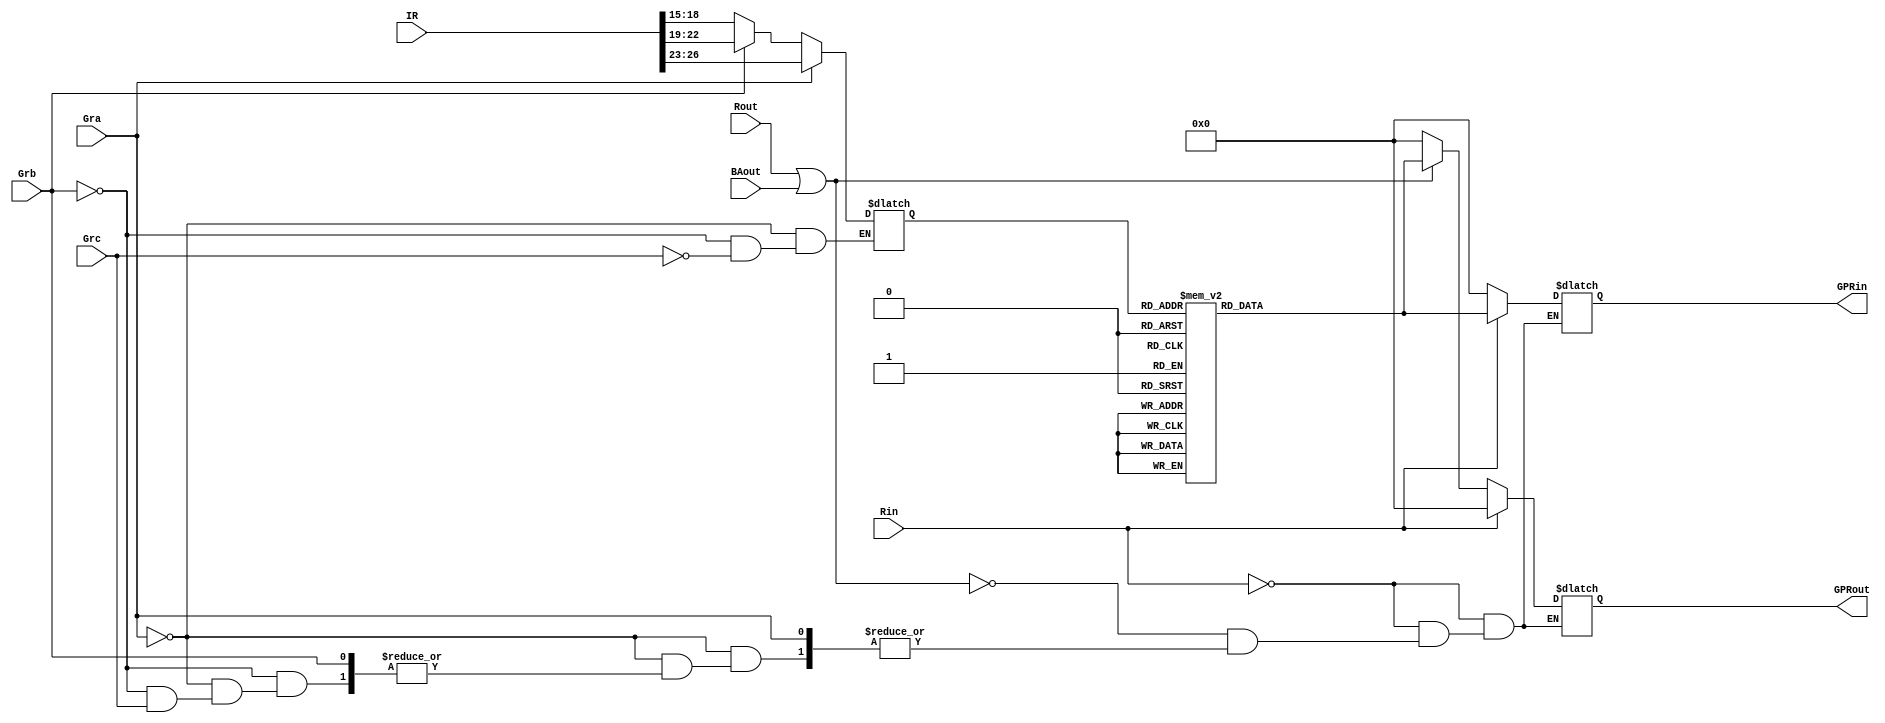
module Sel_Enc_Log (input Gra, Grb, Grc, Rin, Rout, BAout, input [31:0] IR,
						  output [15:0] GPRin, GPRout);
	
reg [3:0] Decoder_in;	
reg [15:0] Decoder_out;
reg [15:0] in, out;
assign GPRin = in;
assign GPRout = out;

initial
begin
in <= 0;
out <= 0;
end

always @ (*) begin
	if (Gra) begin
		Decoder_in <= IR [26:23];
	end else if (Grb) begin
		Decoder_in <= IR [22:19];
	end else if (Grc) begin
		Decoder_in <= IR [18:15];
	end else begin
		in = 0;
		out = 0;
	end
	
	case (Decoder_in) 
		4'b0000: begin
					Decoder_out = 16'b0000_0000_0000_0001;
					end
		4'b0001: begin
					Decoder_out = 16'b0000_0000_0000_0010;
					end
		4'b0010: begin
					Decoder_out = 16'b0000_0000_0000_0100;
					end
		4'b0011: begin
					Decoder_out = 16'b0000_0000_0000_1000;
					end
		4'b0100: begin
					Decoder_out = 16'b0000_0000_0001_0000;
					end
		4'b0101: begin
					Decoder_out = 16'b0000_0000_0010_0000;
					end
		4'b0110: begin
					Decoder_out = 16'b0000_0000_0100_0000;
					end
		4'b0111: begin
					Decoder_out = 16'b0000_0000_1000_0000;
					end
		4'b1000: begin
					Decoder_out = 16'b0000_0001_0000_0000;
					end
		4'b1001: begin
					Decoder_out = 16'b0000_0010_0000_0000;
					end
		4'b1010: begin
					Decoder_out = 16'b0000_0100_0000_0000;
					end
		4'b1011: begin
					Decoder_out = 16'b0000_1000_0000_0000;
					end
		4'b1100: begin
					Decoder_out = 16'b0001_0000_0000_0000;
					end
		4'b1101: begin
					Decoder_out = 16'b0010_0000_0000_0000;
					end
		4'b1110: begin
					Decoder_out = 16'b0100_0000_0000_0000;
					end
		4'b1111: begin
					Decoder_out = 16'b1000_0000_0000_0000;
					end
		default: begin
					Decoder_out = 16'b0;
					end
	endcase
	if (Rin) begin 
		in = Decoder_out;
		out = 0;
	end else if (Rout | BAout) begin
		out = Decoder_out;
		in = 0;
	end
	
end
endmodule